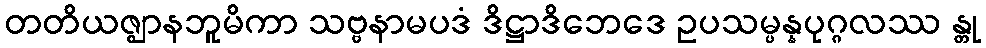
တတိယဇ္ဈာနဘူမိကာ သဗ္ဗနာမပဒံ ဒိဋ္ဌာဒိဘေဒေ ဥပသမ္ပန္နပုဂ္ဂလဿ န္တု